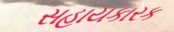
સહાયકારક